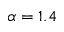
\alpha = 1 . 4